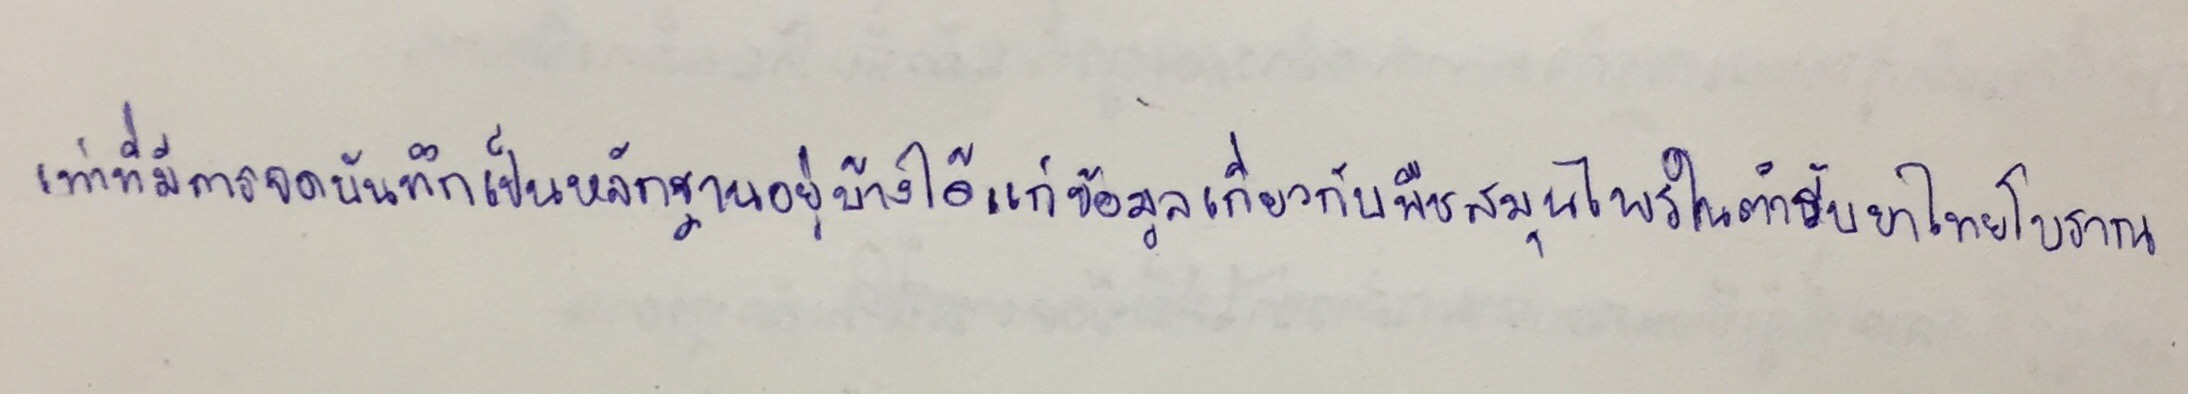
เท่าที่มีการจดบันทึกเป็นหลักฐานอยู่บ้างได้แก่ข้อมูลเกี่ยวกับพืชสมุนไพรในตำรับยาไทยโบราณ